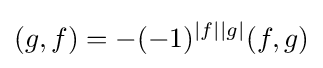
(g,f)=-(-1)^{|f||g|}(f,g)